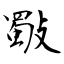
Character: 斀